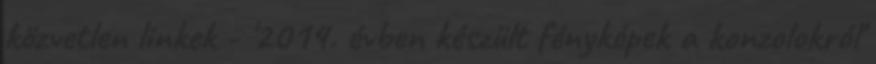
közvetlen linkek - '2014. évben készült fényképek a konzolokról'